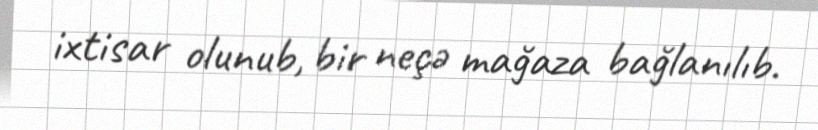
ixtisar olunub, bir neçə mağaza bağlanılıb.